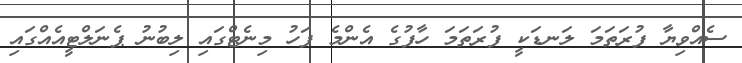
ސެއްވިޔާ ފުރަތަމަ ލަނޑަކީ ފުރަތަމަ ހާފުގެ އެންމެ ފަހު މިނެޓްގައި ލިބުނު ޕެނަލްޓީއެއްގައި